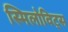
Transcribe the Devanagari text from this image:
स्मिलोविट्स